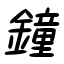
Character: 鐘